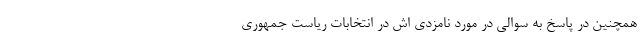
همچنین در پاسخ به سوالی در مورد نامزدی اش در انتخابات ریاست جمهوری